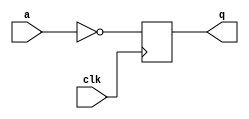
//
//
// https://hdlbits.01xz.net/wiki/Sim/circuit7
//
//

`default_nettype none

module top_module (
    input   clk,
    input   a,
    output  q
);

    reg     r;

    always @(posedge clk) begin
        r <= ~a;
    end

    assign q = r;

endmodule